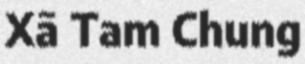
Xã Tam Chung